Civil Veterinary Department Bihar & Orissa reports 1929-36 - 1929-1936
Year: 1929
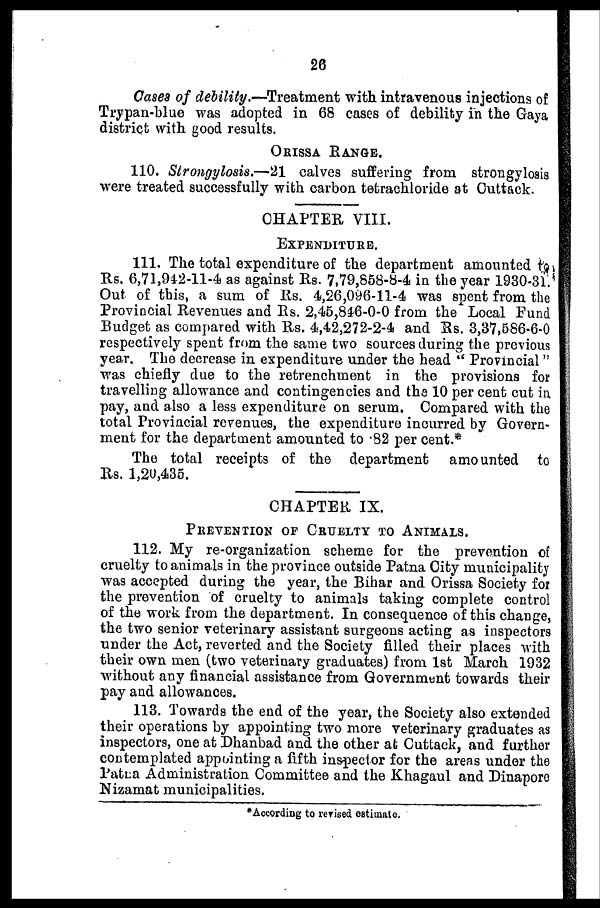
26
Cases of debility.—Treatment with intravenous injections of
Trypan-blue was adopted in 68 cases of debility in the Gaya
district with good results.
ORISSA RANGE.
110. Strongylosis.-—21 calves suffering from strongylosis
were treated successfully with carbon tetrachloride at Cuttack.
CHAPTER VIII.
EXPENDITURE.
111. The total expenditure of the department amounted to
Rs. 6,71,942-11-4 as against Rs. 7,79,858-8-4 in the year 1930-31.
Out of this, a sum of Rs. 4,26,096-11-4 was spent from the
Provincial Revenues and Rs. 2,45,84-6-0-0 from the Local Fund
Budget as compared with Rs. 4,42,272-2-4 and Rs. 3,37,586-6-0
respectively spent from the same two sources during the previous
year. The decrease in expenditure under the head " Provincial "
was chiefly due to the retrenchment in the provisions for
travelling allowance and contingencies and the 10 per cent cut in
pay, and also a less expenditure on serum. Compared with the
total Provincial revenues, the expenditure incurred by Govern-
ment for the department amounted to .82 per cent.*
The total receipts of the department amounted to
Rs. 1,20,435.
CHAPTER IX.
PRETENTION OF CRUELTY TO ANIMALS.
112. My re-organization scheme for the prevention of
cruelty to animals in the province outside Patna City municipality
was accepted during the year, the Bihar and Orissa Society for
the prevention of cruelty to animals taking complete control
of the work from the department. In consequence of this change,
the two senior veterinary assistant surgeons acting as inspectors
tinder the Act, reverted and the Society filled their places with
their own men (two veterinary graduates) from 1st March 1932
without any financial assistance from Government towards their
pay and allowances.
113. Towards the end of the year, the Society also extended
their operations by appointing two more veterinary graduates as
inspectors, one at Dhanbad and the other at Cuttack, and further
contemplated appointing a fifth inspector for the areas under the
Patna Administration Committee and the Khagaul and Dinapore
Nizamat municipalities.
* According to revised estimate.